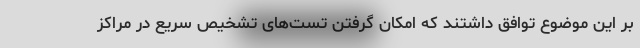
بر این موضوع توافق داشتند که امکان گرفتن تست‌های تشخیص سریع در مراکز